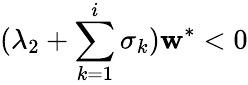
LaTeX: (\lambda_{2}+\sum_{k=1}^{i}\sigma_{k})\mathbf{w}^{\ast}<0